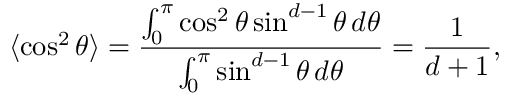
\langle \cos ^ { 2 } \theta \rangle = { \frac { \int _ { 0 } ^ { \pi } \cos ^ { 2 } \theta \sin ^ { d - 1 } \theta \, d \theta } { \int _ { 0 } ^ { \pi } \sin ^ { d - 1 } \theta \, d \theta } } = { \frac { 1 } { d + 1 } } ,